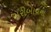
ગરીબાયના